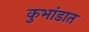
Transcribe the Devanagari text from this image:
कुभांडात